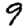
Digit: 9